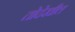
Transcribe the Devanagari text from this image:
तोदेखील